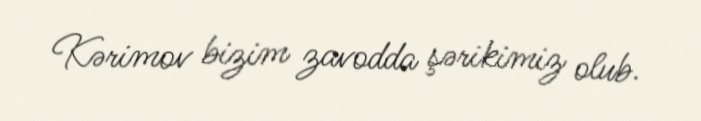
Kərimov bizim zavodda şərikimiz olub.